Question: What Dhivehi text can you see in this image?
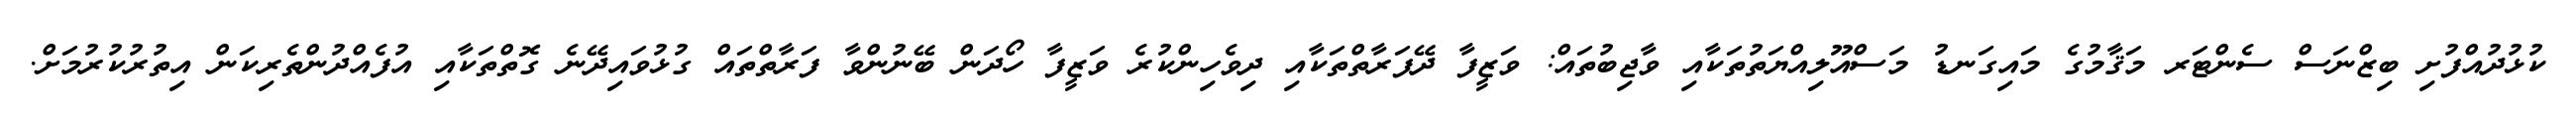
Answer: ކުޅުދުއްފުށި ބިޒްނަސް ސެންޓަރ މަޤާމުގެ މައިގަނޑު މަސްއޫލިއްޔަތުތަކާއި ވާޖިބުތައް: ވަޒީފާ ދޭފަރާތްތަކާއި ދިވެހިންކުރެ ވަޒީފާ ހޯދަން ބޭނުންވާ ފަރާތްތައް ގުޅުވައިދޭނެ ގޮތްތަކާއި އުފެއްދުންތެރިކަން އިތުރުކުރުމަށް.